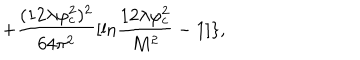
+ \frac { ( 1 2 \lambda \varphi _ { c } ^ { 2 } ) ^ { 2 } } { 6 4 \pi ^ { 2 } } [ \mathrm { l n } \frac { 1 2 \lambda \varphi _ { c } ^ { 2 } } { M ^ { 2 } } - 1 ] \} ,